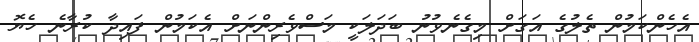
އެހެންކަމުން ތެލުގެ އަގަށް މިގެނެވުނު ބަދަލަކީ މަސްވެރިންނަށް އެކަމުން ފައިދާ ކުރާނެ ހެޔޮ